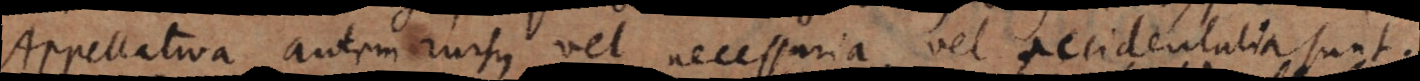
Appellativa autem rursus vel necessaria, vel accidentalia sunt.